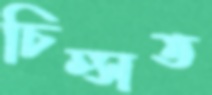
চিম্‌সত